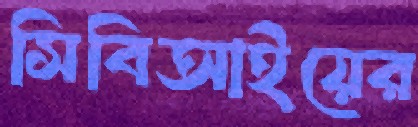
সিবিআইয়ের